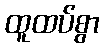
ထူထပ်စွာ